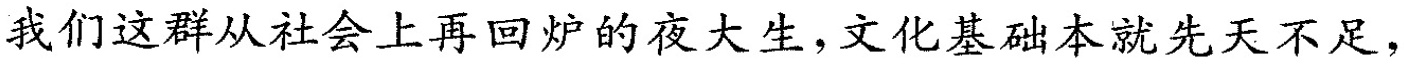
我们这群从社会上再回炉的夜大生，文化基础本就先天不足，